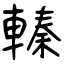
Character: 轃